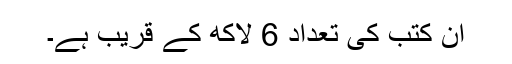
ان کتب کی تعداد 6 لاکھ کے قریب ہے۔